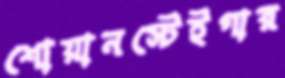
শোয়ানস্টেইগার